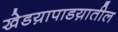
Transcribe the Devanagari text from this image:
खेडय़ापाडय़ातील